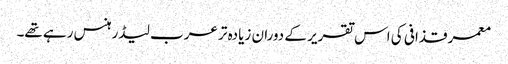
معمر قذافی کی اس تقریر کے دوران زیادہ تر عرب لیڈر ہنس رہے تھے۔